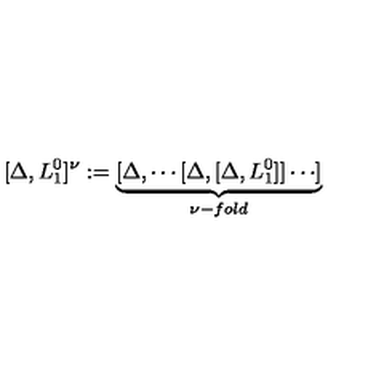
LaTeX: [ \Delta , L _ { 1 } ^ { 0 } ] ^ { \nu } : = \underbrace { [ \Delta , \cdots [ \Delta , [ \Delta , L _ { 1 } ^ { 0 } ] ] \cdots ] } _ { \nu - f o l d }